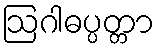
ဩဂါဓပ္ပတ္တာ